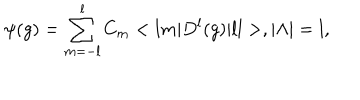
\psi ( g ) = \sum _ { m = - l } ^ { l } C _ { m } < l m | D ^ { l } ( g ) | l l > , | { \Lambda } | = l ,